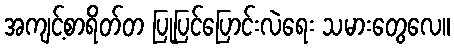
အကျင့်စာရိတ်တ ပြုပြင်ပြောင်းလဲရေး သမားတွေလေ။